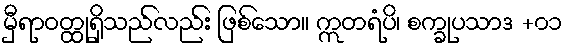
မှီရာဝတ္ထုရှိသည်လည်း ဖြစ်သော။ ဣတရံပိ၊ စက္ခုပသာဒ +၀၁